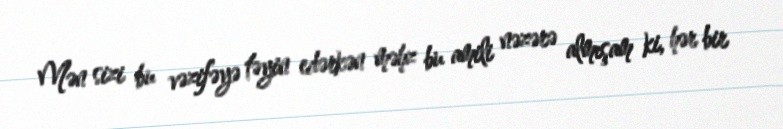
Mən sizi bu vəzifəyə təyin edərkən məhz bu amili nəzərə almışam ki, hər bir